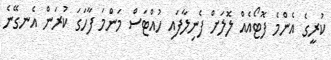
ކުރީގެ އެންމެ ފޮޓޯއެއް ލޮލަށް ފެނިލާފައި ހުއްޓަސް މަންމަ ފާހަގަ ކުރަން އެނގޭނެ